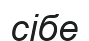
сібе